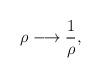
LaTeX: \begin{align*}\rho \longrightarrow \frac{1}{\rho},\end{align*}